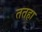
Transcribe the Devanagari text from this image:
ततहा